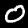
Digit: 0